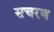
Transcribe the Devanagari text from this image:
सचरण